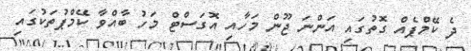
ދެ ކޭމްޕެއް ގޮތުގައި އަންނަ ޖޫން މަހާއި އޮގަސްޓް މަހު ބާއްވާ ކޭމްޕުތަކުގައި